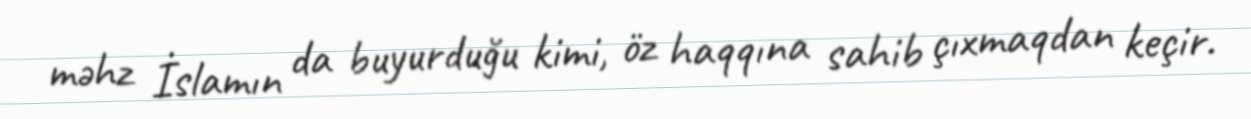
məhz İslamın da buyurduğu kimi, öz haqqına sahib çıxmaqdan keçir.